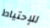
للإحتياط